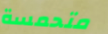
متحمسة